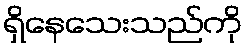
ရှိနေသေးသည်ကို